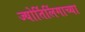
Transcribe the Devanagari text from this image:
ज्‍योर्तिलिंगाच्‍या